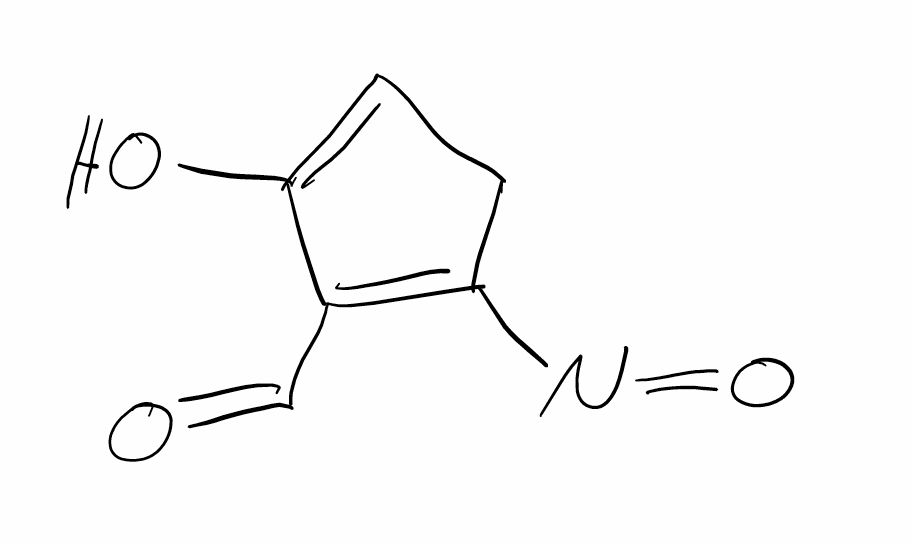
Simplified molecular-input line-entry system (SMILES) notation of the given molecule:
C1C=C(C(=C1N=O)C=O)O